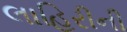
લાહિરીની